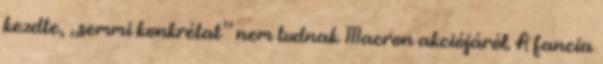
kezdte, „semmi konkrétat” nem tudnak Macron akciójáról. A fancia